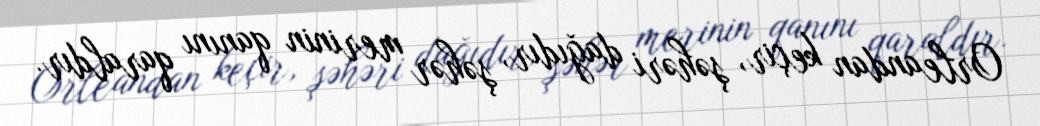
Orleandan keçir, şəhəri dağıdır, şəhər merinin qanını qaraldır.